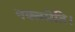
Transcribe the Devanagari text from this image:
नक्तमेति।